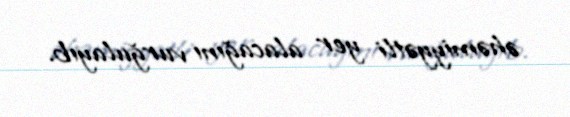
əhəmiyyətli yer alacağını vurğulayıb.